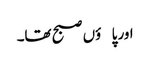
اور پاؤں صبح تھا۔